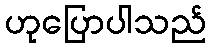
ဟုပြောပါသည်